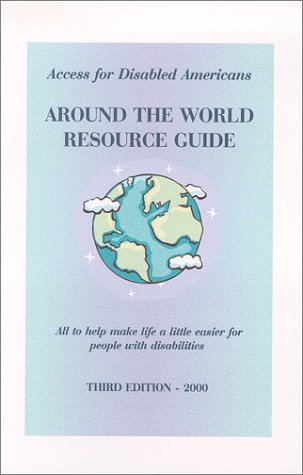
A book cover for Around the World Resource Guide; Patricia Smither; Travel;